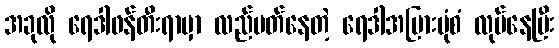
အခုလို ရေဒါဖန်တီးရာမှာ လည်ပတ်နေတဲ့ ရေဒါအပြားပုံစံ လုပ်နေပြီး